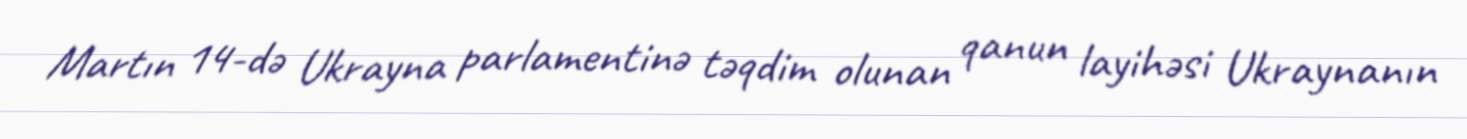
Martın 14-də Ukrayna parlamentinə təqdim olunan qanun layihəsi Ukraynanın